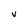
Character: V